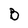
Character: B